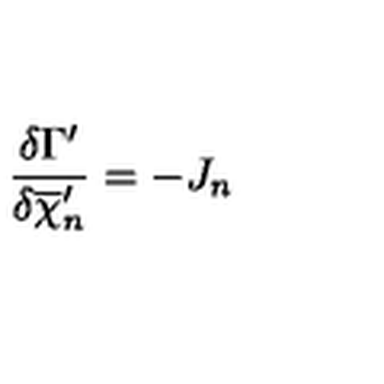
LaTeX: \frac { \delta \Gamma ^ { \prime } } { \delta \overline { { \chi } } _ { n } ^ { \prime } } = - J _ { n }